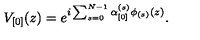
V _ { \lbrack 0 \rbrack } ( z ) = e ^ { i \sum _ { s = 0 } ^ { N - 1 } \alpha _ { \lbrack 0 \rbrack } ^ { ( s ) } \phi _ { ( s ) } ( z ) } .